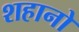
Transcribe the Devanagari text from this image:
शहानो